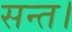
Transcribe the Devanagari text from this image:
सन्त।